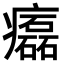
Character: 𤻳